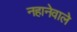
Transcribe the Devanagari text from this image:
नहानेवाले